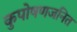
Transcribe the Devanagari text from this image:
कुपोषणजनित